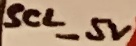
Text: SCL_5V